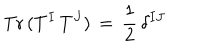
LaTeX: \mathrm { T r } \, ( T ^ { I } \, T ^ { J } ) \, = \, \frac { 1 } { 2 } \, \delta ^ { I J }